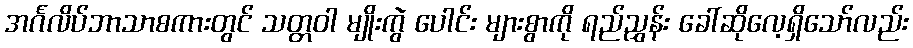
အင်္ဂလိပ်ဘာသာစကားတွင် သတ္တဝါ မျိုးကွဲ ပေါင်း များစွာကို ရည်ညွှန်း ခေါ်ဆိုလေ့ရှိသော်လည်း